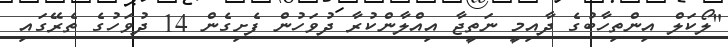
"ލޯކަލް އިންތިހާބުގެ ދާއިމީ ނަތީޖާ އިއްލާންކުރާ ދުވަހުން ފެށިގެން 14 ދުވަހުގެ ތެރޭގައި